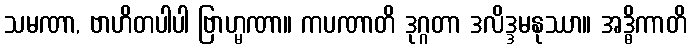
သမဏာ, ဗာဟိတပါပါ ဗြာဟ္မဏာ။ ကပဏာတိ ဒုဂ္ဂတာ ဒလိဒ္ဒမနုဿာ။ အဒ္ဓိကာတိ